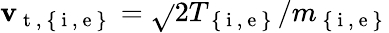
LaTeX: \mathbf{v}_{\mathrm{{~t~,~\{ ~i~,~e~\} ~}}}=\sqrt{}{{2T_{\mathrm{{~\{ ~i~,~e~\} ~}}}/m_{\mathrm{{~\{ ~i~,~e~\} ~}}}}}